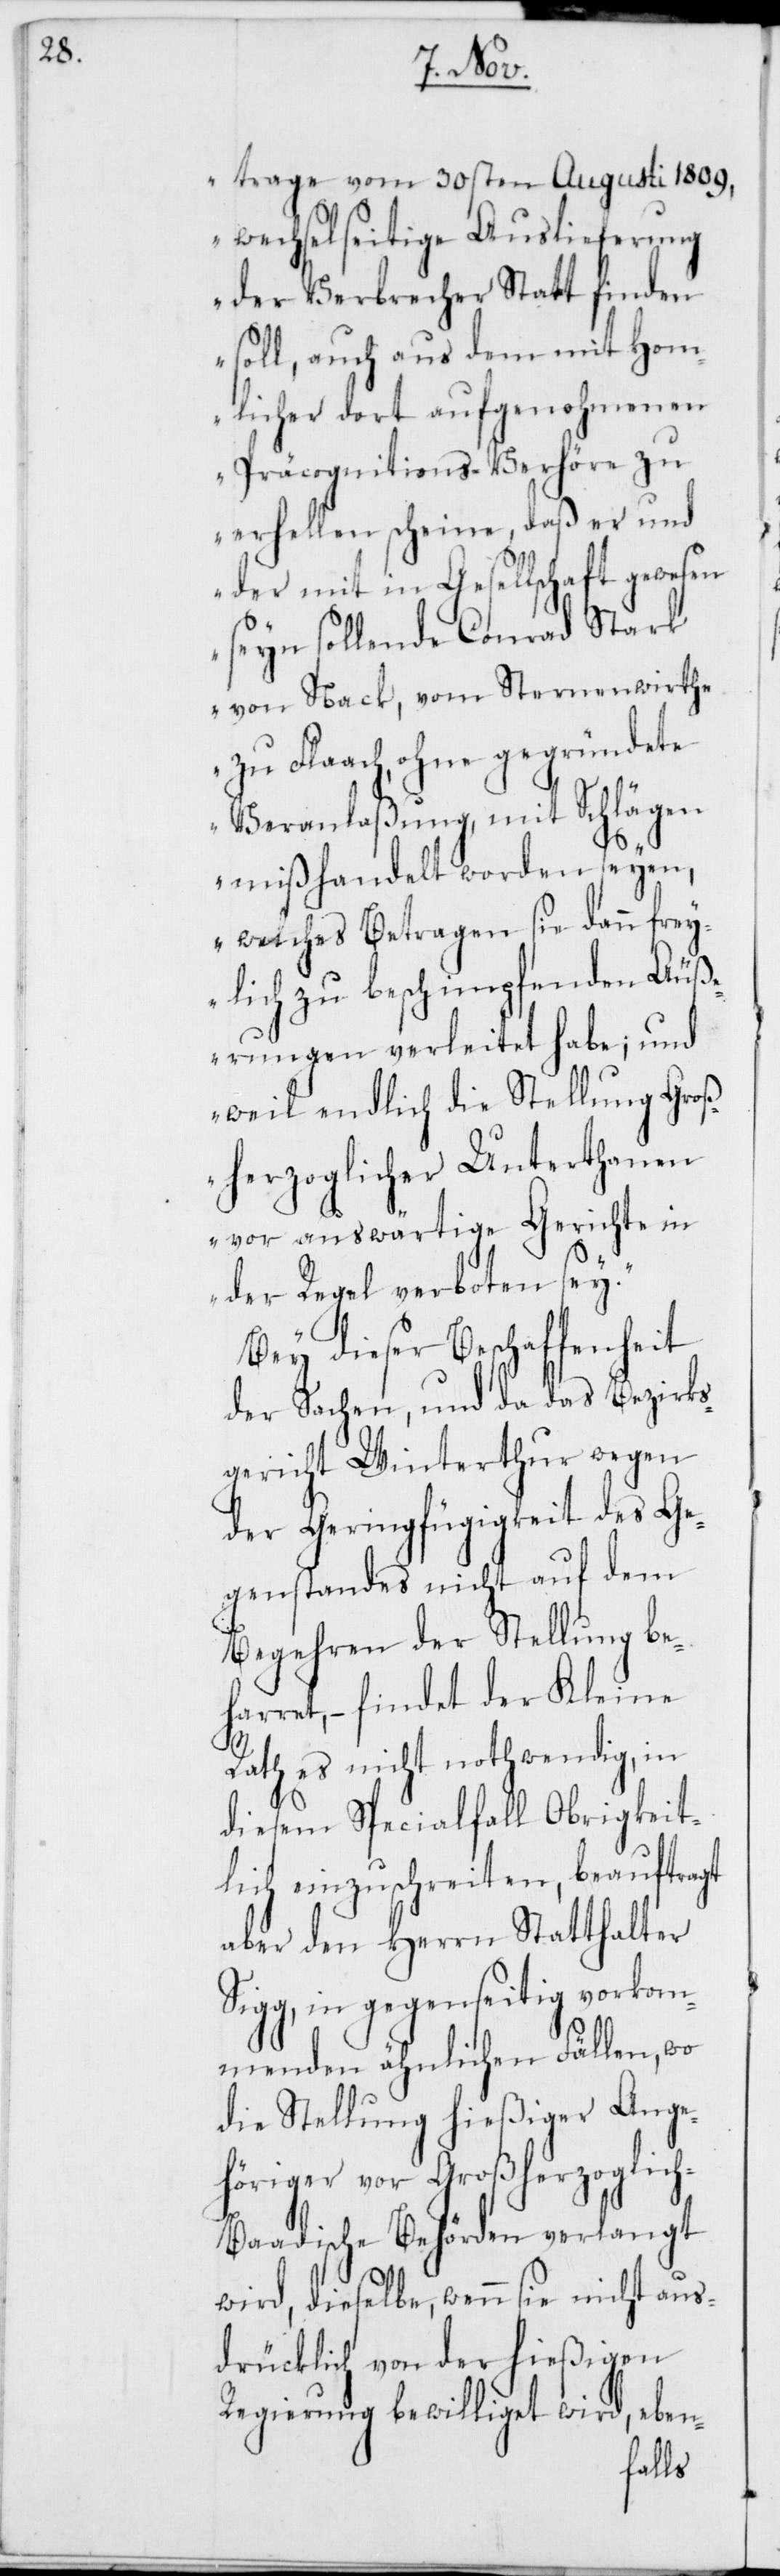
trage vom 30sten Augusti 1809,
wechselseitige Auslieferung
der Verbrecher Statt finden
soll, auch aus dem mit Hom¬
licher dort aufgenohmenen
Präcognitions-Verhöre zu
erhellen scheine, daß er und
der mit in Gesellschaft gewesen
seyn sollende Conrad Stark
von Nack, vom Sternenwirthe
zu Flaach, ohne gegründete
Veranlaßung, mit Schlägen
mißhandelt worden seyen,
welches Betragen sie dann frey¬
lich zu beschimpfenden Äuß¬
erungen verleitet habe; und
weil endlich die Stellung Groß¬
herzoglicher Unterthanen
vor auswärtige Gerichte in
der Regel verboten sey.“
Bey dieser Beschaffenheit
der Sachen, und da das Bezirks¬
gericht Winterthur wegen
der Geringfügigkeit des Ge¬
genstandes nicht auf
Begehren der Stellung be¬
harret, – findet der Kleine
Rath es nicht nothwendig, in
diesem Specialfall Obrigkeit¬
lich einzuschreiten, beauftragt
aber den Herrn Statthalter
Sigg, in gegenseitig vorkom¬
menden ähnlichen Fällen, wo
die Stellung hießiger Ange¬
höriger vor Großherzoglic¬
h-Baadische Behörden verlangt
wird, dieselbe, wenn sie nicht aus¬
drücklich von der hießigen
Regierung bewilliget wird, eben-